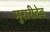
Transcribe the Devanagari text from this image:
मुरारीदेव